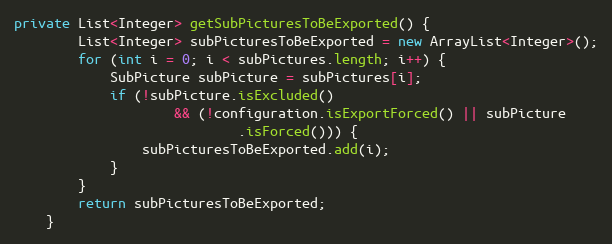
Language: Java
private List<Integer> getSubPicturesToBeExported() {
		List<Integer> subPicturesToBeExported = new ArrayList<Integer>();
		for (int i = 0; i < subPictures.length; i++) {
			SubPicture subPicture = subPictures[i];
			if (!subPicture.isExcluded()
					&& (!configuration.isExportForced() || subPicture
							.isForced())) {
				subPicturesToBeExported.add(i);
			}
		}
		return subPicturesToBeExported;
	}